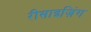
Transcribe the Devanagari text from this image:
रीसाइज़िंग